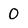
Character: 0